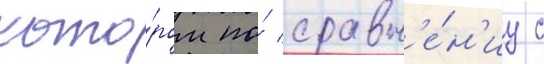
кото́ром по́ сравн'е́н'иу с